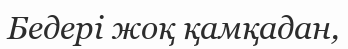
Бедері жоқ қамқадан,